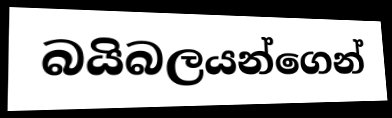
බයිබලයන්ගෙන්